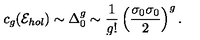
c _ { g } ( { \cal E } _ { h o l } ) \sim \Delta _ { 0 } ^ { g } \sim { \frac { 1 } { g ! } } \left( { \frac { \sigma _ { 0 } \sigma _ { 0 } } { 2 } } \right) ^ { g } .